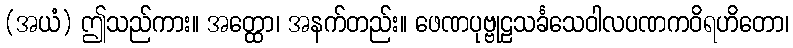
(အယံ) ဤသည်ကား။ အတ္ထော၊ အနက်တည်း။ ဖေဏပုဗ္ဗုဠသင်္ခသေဝါလပဏကဝိရဟိတော၊